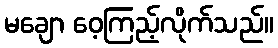
မချော ဝေ့ကြည့်လိုက်သည်။